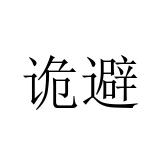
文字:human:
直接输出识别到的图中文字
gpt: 诡避